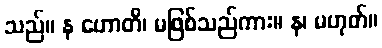
သည်။ န ဟောတိ၊ မဖြစ်သည်ကား။ န၊ မဟုတ်။